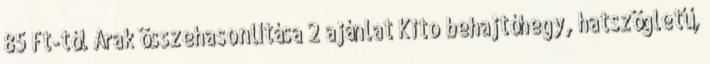
85 Ft-tól Árak összehasonlítása 2 ajánlat Kito behajtóhegy, hatszögletű,